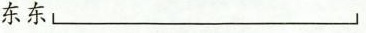
东东